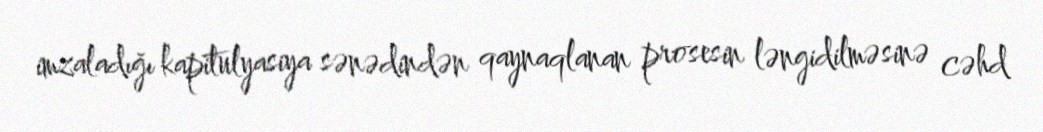
imzaladığı kapitulyasiya sənədindən qaynaqlanan prosesin ləngidilməsinə cəhd